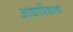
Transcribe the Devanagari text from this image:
आधारिशला